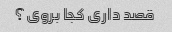
قصد داری کجا بروی؟